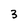
Character: 3